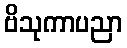
ဗိသုကာပညာ